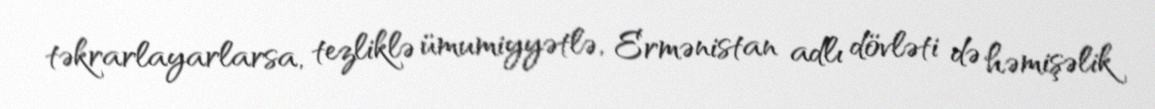
təkrarlayarlarsa, tezliklə ümumiyyətlə, Ermənistan adlı dövləti də həmişəlik